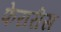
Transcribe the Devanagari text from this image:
फेरारीस